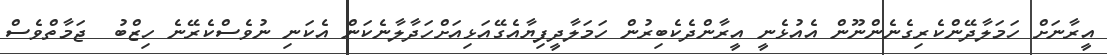
އީރާނަށް ހަމަލާދޭންކެރިގެނެންނޫން އެއުޅެނީ އީރާންދެކެބިރުން ހަމަލާދީފިޔާއެގޭއަޅިއަށްހަދާލާނެކަން އެކަނި ނުވެސްކެރޭނެ ހިޒްބު  ޖަމާތްވެސް